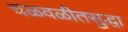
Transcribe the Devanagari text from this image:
चळवळीतसुद्धा